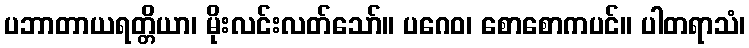
ပဘာတာယရတ္တိယာ၊ မိုးလင်းလတ်သော်။ ပဂေဝ၊ စောစောကပင်။ ပါတရာသံ၊